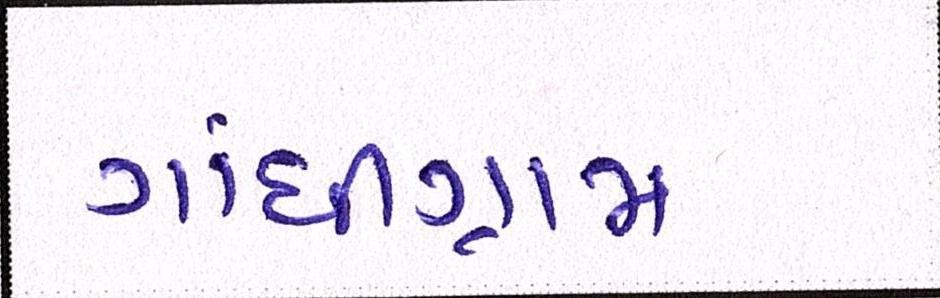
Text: ગાંધીગ્રામ